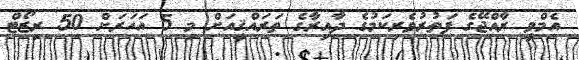
އެމްވީ ރާއްޖޭގެ ފަތުރުވެރިކަމުގެ ދާއިރާގެ ތަރައްޤީއަށް މި 5 އަހަރަށް 50 ރިޒޯޓް